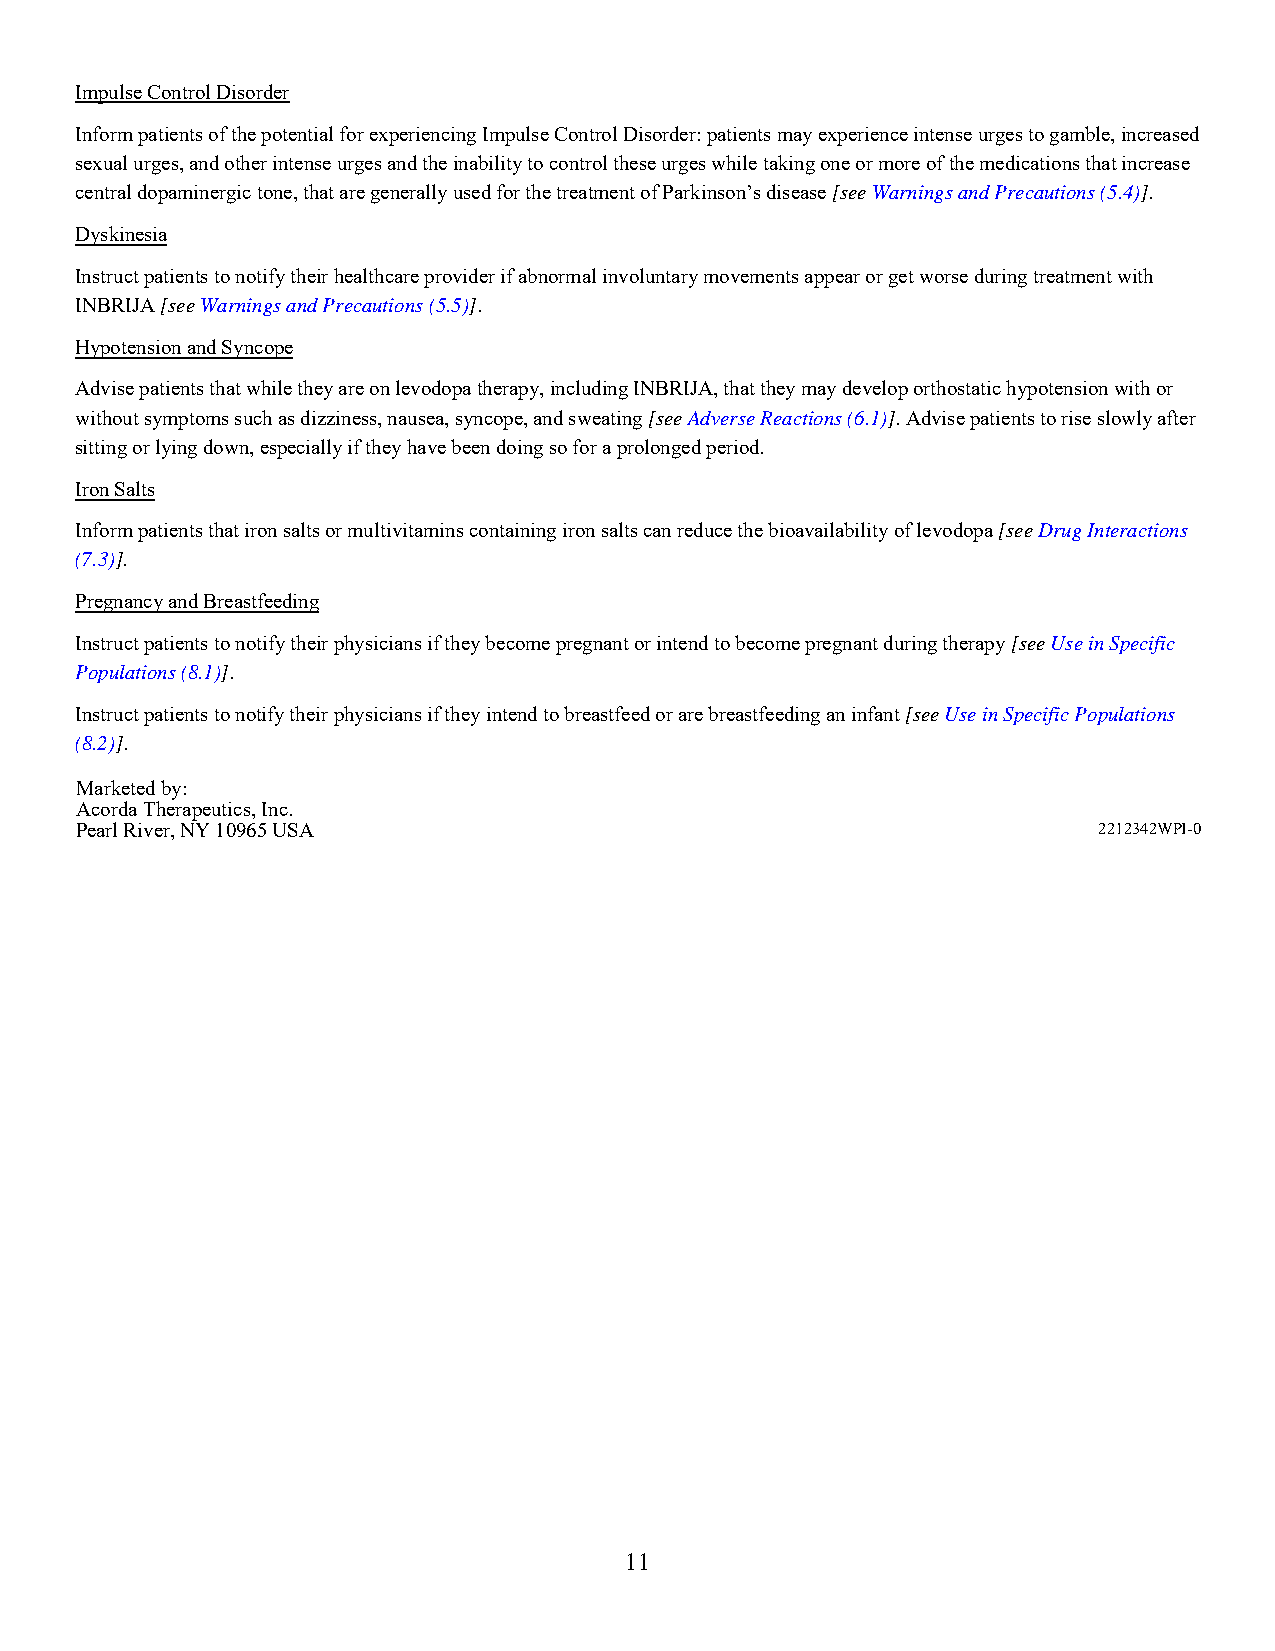
Impulse Control Disorder
 Inform patients of the potential for experiencing Impulse Control Disorder: patients may experience intense urges to gamble, increased
 sexual urges, and other intense urges and the inability to control these urges while taking one or more of the medications that increase
 central dopaminergic tone, that are generally used for the treatment of Parkinson’s disease [see Warnings and Precautions (5.4)].
 Dyskinesia
 Instruct patients to notify their healthcare provider if abnormal involuntary movements appear or get worse during treatment with
 INBRIJA [see Warnings and Precautions (5.5)].
 Hypotension and Syncope
 Advise patients that while they are on levodopa therapy, including INBRIJA, that they may develop orthostatic hypotension with or
 without symptoms such as dizziness, nausea, syncope, and sweating [see Adverse Reactions (6.1)]. Advise patients to rise slowly after
 sitting or lying down, especially if they have been doing so for a prolonged period.
 Iron Salts
 Inform patients that iron salts or multivitamins containing iron salts can reduce the bioavailability of levodopa [see Drug Interactions
 (7.3)].
 Pregnancy and Breastfeeding
 Instruct patients to notify their physicians if they become pregnant or intend to become pregnant during therapy [see Use in Specific
 Populations (8.1)].
 Instruct patients to notify their physicians if they intend to breastfeed or are breastfeeding an infant [see Use in Specific Populations
 (8.2)].
 Marketed by:
 Acorda Therapeutics, Inc.
 Pearl River, NY 10965 USA                                           2212342WPI-0
 11